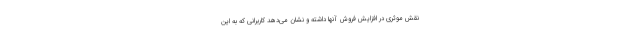
نقش موثری در افزایش فروش آنها داشته و نشان می‌دهد کاربرانی که به این